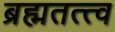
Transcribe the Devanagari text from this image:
ब्रह्मतत्त्व